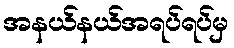
အနယ်နယ်အရပ်ရပ်မှ